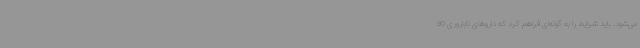
می‌شود. باید شرایط را به گونه‌ای فراهم کرد که داروهای ناباروری 90